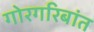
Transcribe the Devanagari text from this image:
गोरगरिबांत